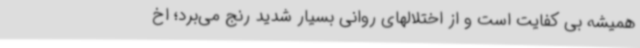
همیشه بی کفایت است و از اختلالهای روانی بسیار شدید رنج می‌برد؛ اخ